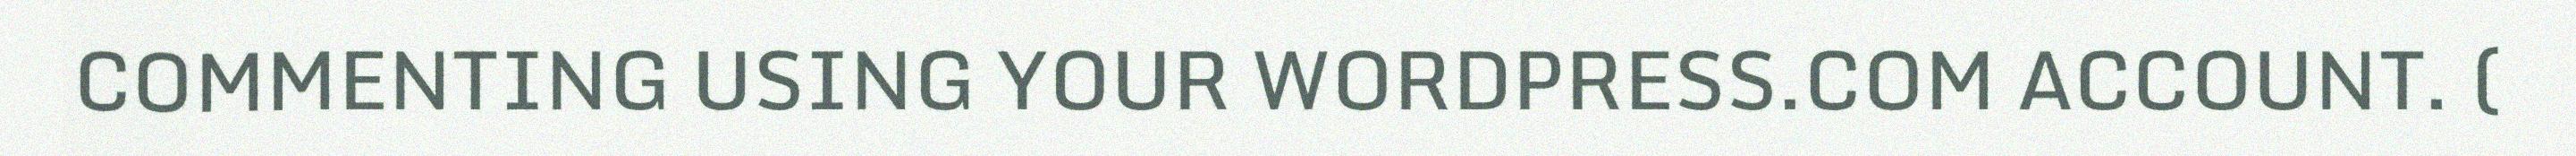
COMMENTING USING YOUR WORDPRESS.COM ACCOUNT. (